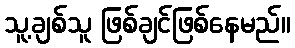
သူ့ချစ်သူ ဖြစ်ချင်ဖြစ်နေမည်။